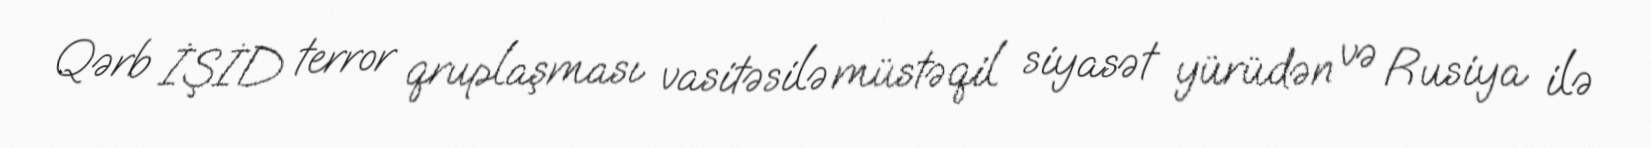
Qərb İŞİD terror qruplaşması vasitəsilə müstəqil siyasət yürüdən və Rusiya ilə